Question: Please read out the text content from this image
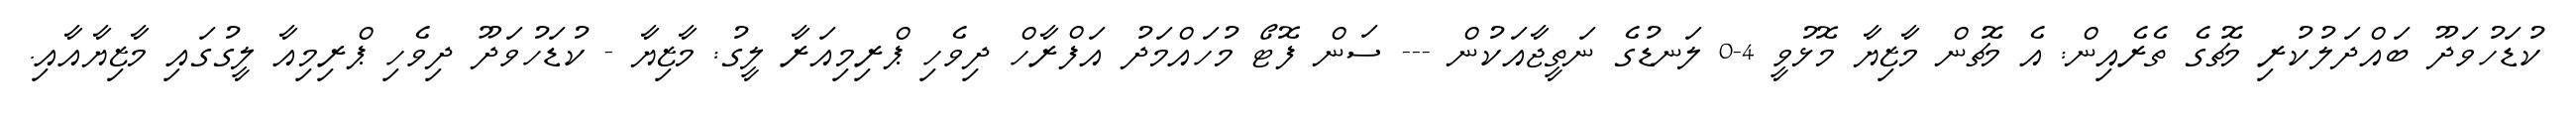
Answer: ކުޑަހުވަދޫ ބައްދަލުކުރި މެޗުގެ ތެރެއިން: އެ މެޗުން މާޒިޔާ މޮޅުވީ 4-0 ލަނޑުގެ ނަތީޖާއަކުން --- ސަން ފޮޓޯ މުހައްމަދު އަފްރާހް ދިވެހި ޕްރިމިއަރާ ލީގު: މާޒިޔާ - ކުޑަހުވަދޫ ދިވެހި ޕްރިމިއާ ލީގުގައި މާޒިޔާއާއި.